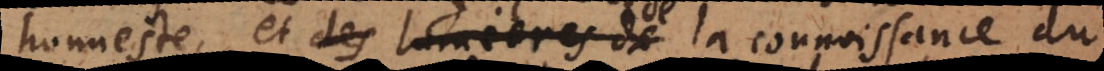
honneste, et des lumieres de la connoissance du